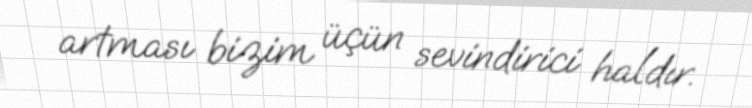
artması bizim üçün sevindirici haldır.